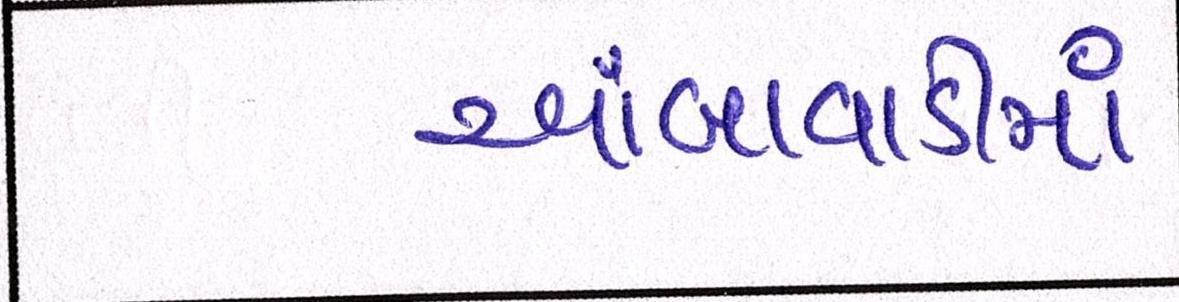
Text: આંબાવાડીમાં